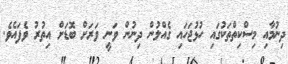
ދިނުމާއި މިސްކިތްތަކުގައި ހުޅުޖަހައި ގެއްލުން ދިނުން ވަނީ ވަރަށް ބޮޑަށް އިތުރު ވެފައެވެ.